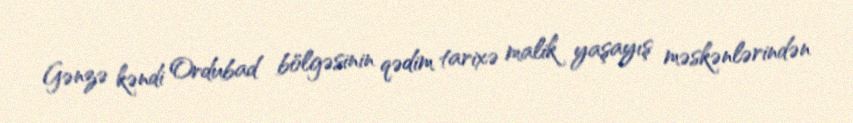
Gənzə kəndi Ordubad bölgəsinin qədim tarixə malik yaşayış məskənlərindən